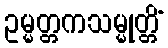
ဥမ္မတ္တကသမ္မုတ္တိံ